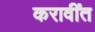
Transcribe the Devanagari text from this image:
करावींत